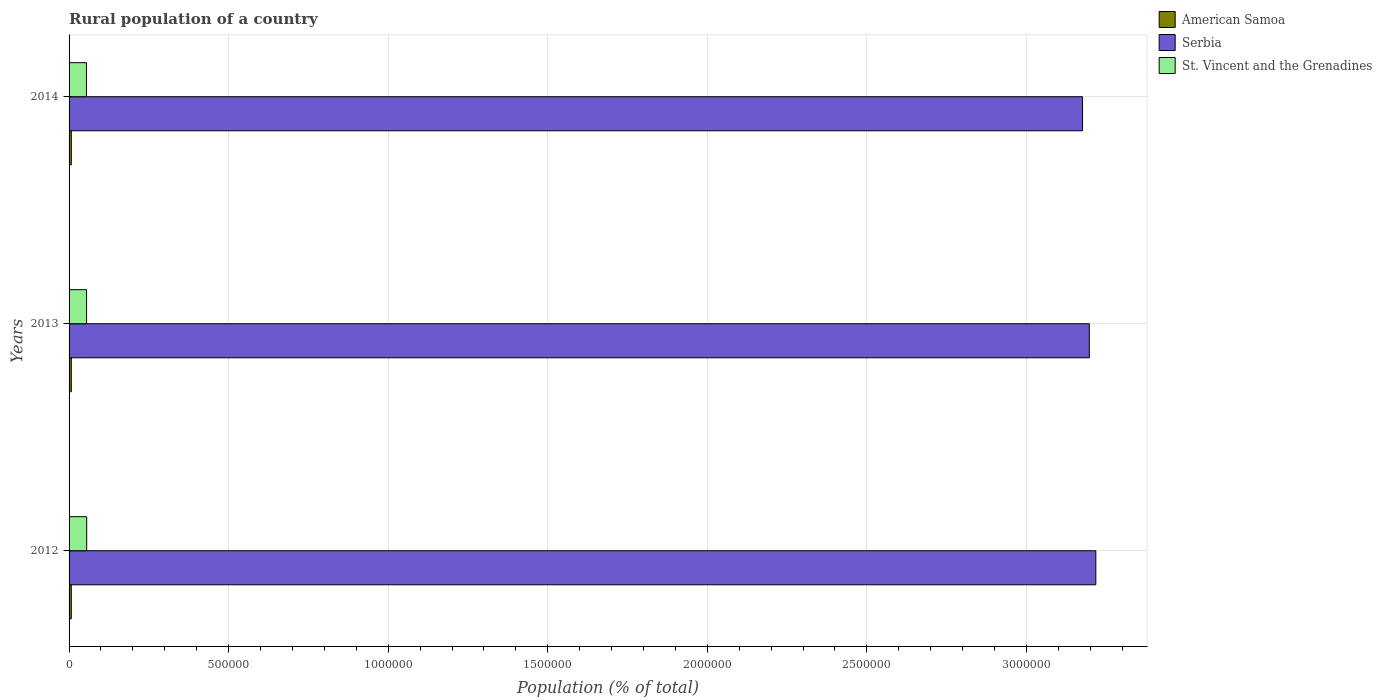
| Years | American Samoa | Serbia | St. Vincent and the Grenadines |
 | --- | --- | --- | --- |
 | 2012 | 6.95e+03 | 3.22e+06 | 5.52e+04 |
 | 2013 | 7.00e+03 | 3.2e+06 | 5.48e+04 |
 | 2014 | 7.06e+03 | 3.18e+06 | 5.45e+04 |